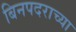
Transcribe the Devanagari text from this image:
बिनपदराच्या